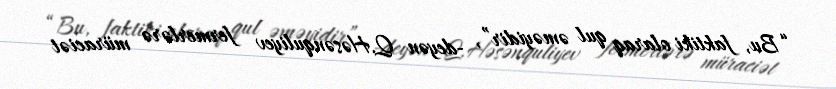
“Bu, faktiki olaraq qul əməyidir”, -deyən Q.Həsənquliyev fermerlərə müraciət